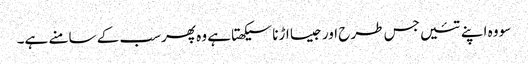
سو وہ اپنے تئیں جس طرح اور جیسا اڑنا سیکھتا ہے وہ پھرسب کے سامنے ہے۔